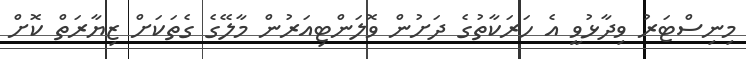
މިނިސްޓަރު ވިދާޅުވީ އެ ހަރަކާތުގެ ދަށުން ވޮލަންޓިއަރުން މާލޭގެ ގެތަކަށް ޒިޔާރަތް ކޮށް